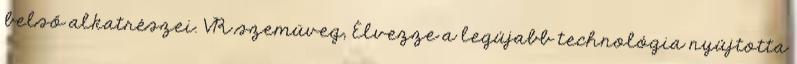
belső alkatrészei. VR szemüveg, Élvezze a legújabb technológia nyújtotta